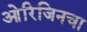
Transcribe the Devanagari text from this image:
ओरिजिनचा